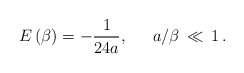
\begin{align*}E\left( \beta \right) =-\frac{1}{24a},\, \, \, \, \, \, \, \, \, a/\beta \, \ll \, 1\, .\end{align*}